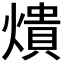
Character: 𤏳